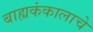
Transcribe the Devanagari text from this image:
बाह्यकंकालाचे